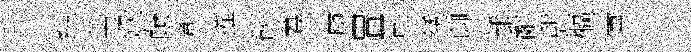
經芾鞏䕃彰摧硏羣庾胃司綉聊郝辭憇樞官